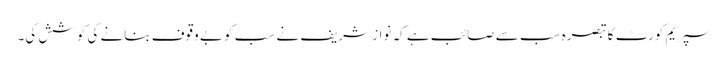
سپریم کورٹ کا تبصرہ سب سے صائب ہے کہ نواز شریف نے سب کو بے وقوف بنانے کی کوشش کی۔